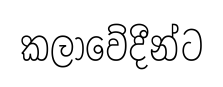
කලාවේදීන්ට